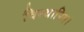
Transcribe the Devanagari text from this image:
विस्थापित।